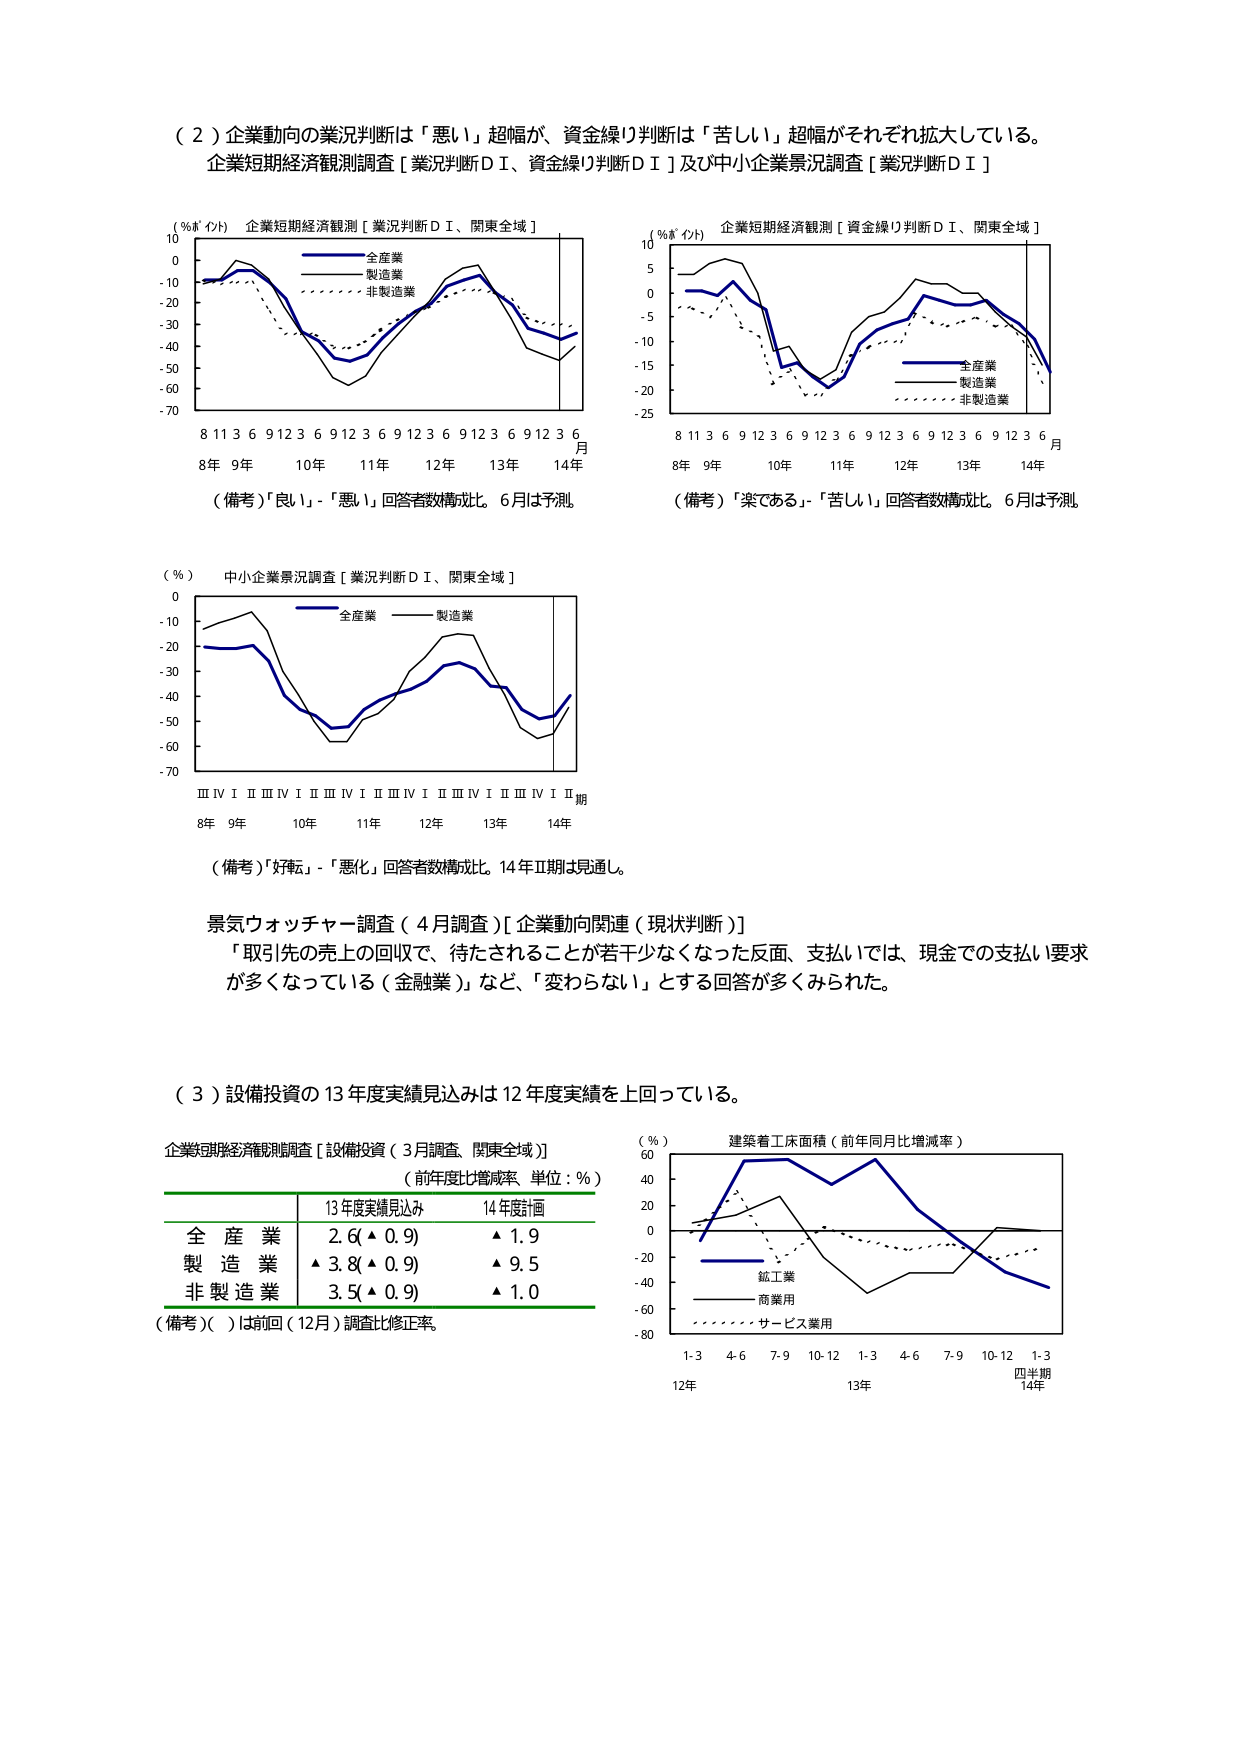
（２）企業動向の業況判断は「悪い」超幅が、資金繰り判断は「苦しい」超幅がそれぞれ拡大している。
企業短期経済観測調査［業況判断ＤＩ、資金繰り判断ＤＩ］及び中小企業景況調査［業況判断ＤＩ］

（％ポイント） 企業短期経済観測［業況判断ＤＩ、関東全域］
全産業
製造業
非製造業
8 11 3 6 9 12 3 6 9 12 3 6 9 12 3 6 9 12 3 6 月
8年 9年 10年 11年 12年 13年 14年
（備考）「良い」-「悪い」回答者数構成比。6月は予測

（％ポイント） 企業短期経済観測［資金繰り判断ＤＩ、関東全域］
全産業
製造業
非製造業
8 11 3 6 9 12 3 6 9 12 3 6 9 12 3 6 9 12 3 6 月
8年 9年 10年 11年 12年 13年 14年
（備考）「楽である」-「苦しい」回答者数構成比。6月は予測

（％） 中小企業景況調査［業況判断ＤＩ、関東全域］
全産業
製造業
ⅢⅣⅠⅡⅢⅣⅠⅡⅢⅣⅠⅡⅢⅣⅠⅡⅢⅣⅠⅡ期
8年 9年 10年 11年 12年 13年 14年
（備考）「好転」-「悪化」回答者数構成比。14年Ⅱ期は見通し。

景気ウォッチャー調査（４月調査）［企業動向関連（現状判断）］
「取引先の売上の回収で、待たされることが若干少なくなった反面、支払いでは、現金での支払い要求が多くなっている（金融業）」など、「変わらない」とする回答が多くみられた。

（３）設備投資の13年度実績見込みは12年度実績を上回っている。

企業短期経済観測調査［設備投資（3月調査、関東全域）］
（前年度比増減率 単位：％）
13年度実績見込み 14年度計画
全産業 2.6（▲0.9） ▲1.9
製造業 ▲3.8（▲0.9） ▲9.5
非製造業 3.5（▲0.9） ▲1.0
（備考）（ ）は前回（12月）調査比修正率。

（％） 建築着工床面積（前年同月比増減率）
鉱工業
商業用
サービス業用
1-3 4-6 7-9 10-12 1-3 4-6 7-9 10-12 1-3
12年 13年 四半期
14年